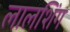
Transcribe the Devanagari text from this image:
लालशिंग